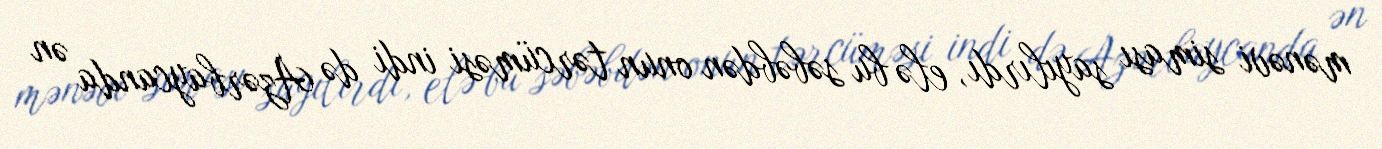
mənəvi siması sayılırdı, elə bu səbəbdən onun tərcüməsi indi də Azərbaycanda ən